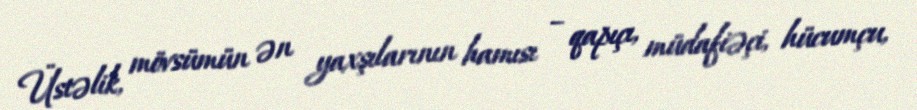
Üstəlik, mövsümün ən yaxşılarının hamısı – qapıçı, müdafiəçi, hücumçu,